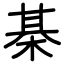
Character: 棊